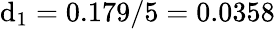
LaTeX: \mathrm{d}_{1}=0.179/5=0.0358